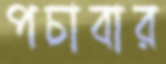
পচাবার